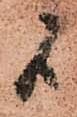
候